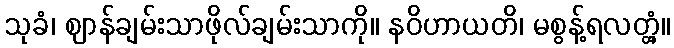
သုခံ၊ ဈာန်ချမ်းသာဖိုလ်ချမ်းသာကို။ နဝိဟာယတိ၊ မစွန့်ရလတ္တံ့။